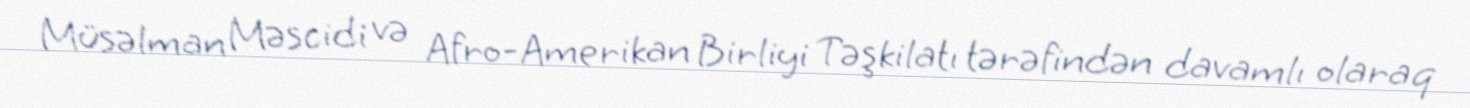
Müsəlman Məscidi və Afro-Amerikan Birliyi Təşkilatı tərəfindən davamlı olaraq